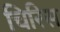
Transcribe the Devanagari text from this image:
चिरिस